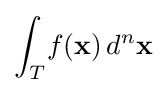
\int _{T}\!f(\mathbf {x} )\,d^{n}\mathbf {x}